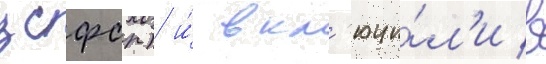
зсфср) и́ вкл'ючи́л'и в